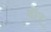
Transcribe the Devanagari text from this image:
वॉर्